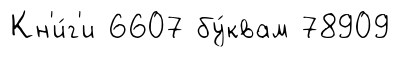
Кн'и́г'и 6607 бу́квам 78909